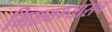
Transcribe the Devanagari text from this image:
मिळवण्यासच